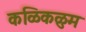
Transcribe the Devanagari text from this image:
कळिकळुम